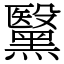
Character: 黳